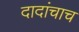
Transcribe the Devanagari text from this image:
दादांचाच